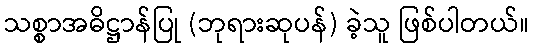
သစ္စာအဓိဋ္ဌာန်ပြု (ဘုရားဆုပန်) ခဲ့သူ ဖြစ်ပါတယ်။